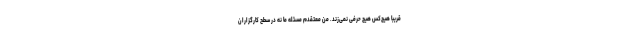
قریباً هیچ‌کس هیچ حرفی نمی‌زند. من معتقدم مسئله ما نه در سطح کارگزاران